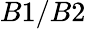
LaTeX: B1/B2